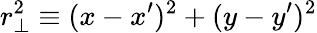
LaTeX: r_{\bot}^{2}\equiv(x-x^{\prime})^{2}+(y-y^{\prime})^{2}